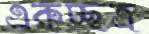
একচ্ছত্র